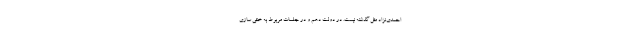
احمدی‌نژاد مثل گذشته نیست. در دولت دهم و در جلسات مربوط به خنثی سازی